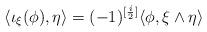
LaTeX: \begin{align*} \langle \iota_\xi(\phi),\eta \rangle= (-1)^{[{\frac{i}{2}}]}\langle \phi, \xi\wedge \eta\rangle\end{align*}